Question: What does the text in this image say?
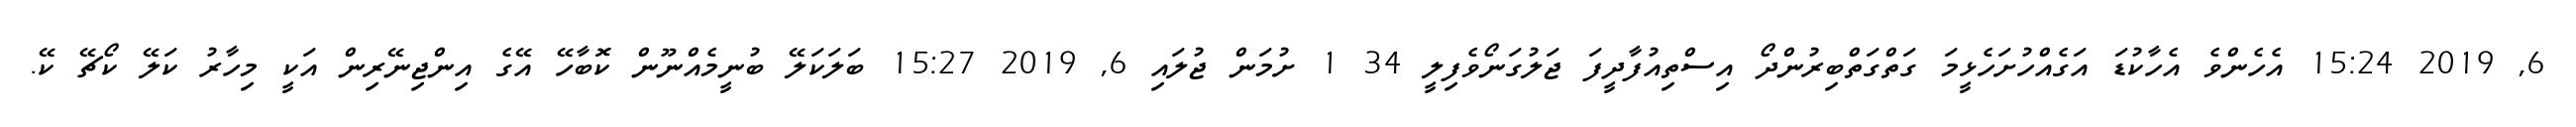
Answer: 6, 2019 15:24 އެހެންވެ އެހާކުޑަ އަގެއްހުށަހެޅީމަ ގަތްގަތްބިރުންދޯ އިސްތިއުފާދީފަ ޖަލުގަނޯވެފިލީ 34 1 ށުމަން ޖުލައި 6, 2019 15:27 ބަލަކަލޭ ބުނީމެއްނޫން ކޮބާހޭ އޭގެ އިންޖިނޭރިން އަކީ މިހާރު ކަލޭ ކޯޗޭ ކޭ.